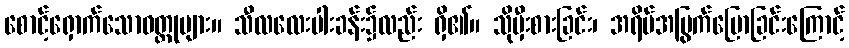
စောင့်ရှောက်သောဝတ္ထုများ။ သီလလေးပါးခန်း၌လည်း ရှိ၏။ သိုမှီးစားခြင်း၊ အရိပ်အမြွက်ပြောခြင်းကြောင့်